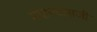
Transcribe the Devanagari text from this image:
मोहनदासजी